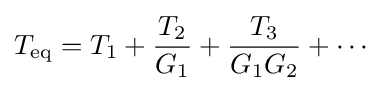
T_{\text{eq}}=T_{1}+{\frac {T_{2}}{G_{1}}}+{\frac {T_{3}}{G_{1}G_{2}}}+\cdots